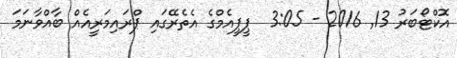
އޮކްޓޯބަރު 13